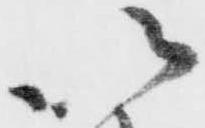
以